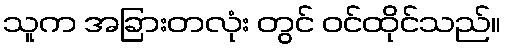
သူက အခြားတလုံး တွင် ဝင်ထိုင်သည်။